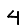
Digit: 4